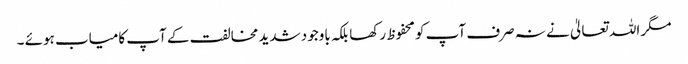
مگر اللہ تعالیٰ نے نہ صرف آپ کو محفوظ رکھا بلکہ باوجود شدید مخالفت کے آپ کامیاب ہوئے ۔